Annual report of the Imperial Bacteriologist
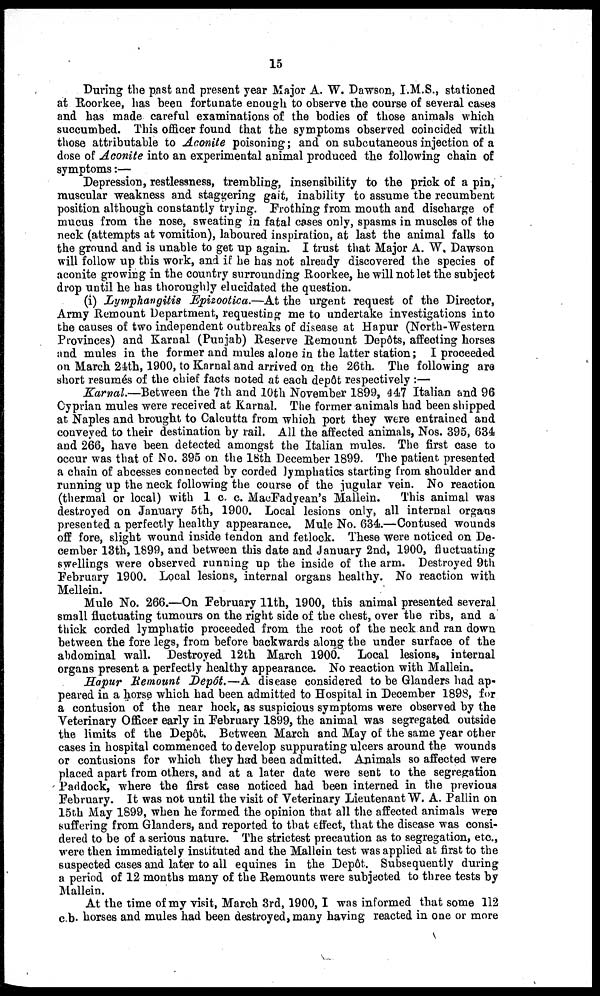
15
During the past and present year Major A. W. Dawson, I.M.S., stationed
at Roorkee, has been fortunate enough to observe the course of several cases
and has made careful examinations of the bodies of those animals which
succumbed. This officer found that the symptoms observed coincided with
those attributable to Aconite poisoning ; and on subcutaneous injection of a
dose of Aconite into an experimental animal produced the following chain of
symptoms :—
Depression, restlessness, trembling, insensibility to the prick of a pin,
muscular weakness and staggering gait, inability to assume the recumbent
position although constantly trying. Frothing from mouth and discharge of
mucus from the nose, sweating in fatal cases only, spasms in muscles of the
neck (attempts at vomition), laboured inspiration, at last the animal falls to
the ground and is unable to get up again. I trust that Major A. W. Dawson
will follow up this work, and if he has not already discovered the species of
aconite growing in the country surrounding Roorkee, he will not let the subject
drop until he has thoroughly elucidated the question.
(i) Lymphangitis Epizootica.—At the urgent request of the Director,
Army Remount Department, requesting me to undertake investigations into
the causes of two independent outbreaks of disease at Hapur (North-Western
Provinces) and Karnal (Punjab) Reserve Remount Depôts, affecting horses
and mules in the former and mules alone in the latter station; I proceeded
on March 24th, 1900, to Karnal and arrived on the 26th. The following are
short resumés of the chief facts noted at each depôt respectively :—
Karnal.—Between the 7th and 10th November 1899, 447 Italian and 96
Cyprian mules were received at Karnal. The former animals had been shipped
at Naples and brought to Calcutta from which port they were entrained and
conveyed to their destination by rail. All the affected animals, Nos. 395, 634
and 266, have been detected amongst the Italian mules. The first case to
occur was that of No. 395 on the 18th December 1899. The patient presented
a chain of abcesses connected by corded lymphatics starting from shoulder and
running up the neck following the course of the jugular vein. No reaction
(thermal or local) with 1 c. c. MacFadyean's Mallein.
This animal was
destroyed on January 5th, 1900. Local lesions only, all internal organs
presented a perfectly healthy appearance. Mule No. 634.—Contused wounds
off fore, slight wound inside tendon and fetlock. These were noticed on De-
cember 13th, 1899, and between this date and January 2nd, 1900, fluctuating
swellings were observed running up the inside of the arm. Destroyed 9th
February 1900. Local lesions, internal organs healthy. No reaction with
Mellein.
Mule No. 266.—On February 11th, 1900, this animal presented several
small fluctuating tumours on the right side of the chest, over the ribs, and a
thick corded lymphatic proceeded from the root of the neck and ran down
between the fore legs, from before backwards along the under surface of the
abdominal wall. Destroyed 12th March 1900. Local lesions, internal
organs present a perfectly healthy appearance. No reaction with Mallein.
Hapur Remount Depôt.—A disease considered to be Glanders had ap-
peared in a horse which had been admitted to Hospital in December 1898, for
a contusion of the near hock, as suspicious symptoms were observed by the
Veterinary Officer early in February 1899, the animal was segregated outside
the limits of the Depôt. Between March and May of the same year other
cases in hospital commenced to develop suppurating ulcers around the wounds
or contusions for which they had been admitted. Animals so affected were
placed apart from others, and at a later date were sent to the segregation
Paddock, where the first case noticed had been interned in the previous
February. It was not until the visit of Veterinary Lieutenant W. A. Pallin on
15th May 1899, when he formed the opinion that all the affected animals were
suffering from Glanders, and reported to that effect, that the disease was consi-
dered to be of a serious nature. The strictest precaution as to segregation, etc.,
were then immediately instituted and the Mallein test was applied at first to the
suspected cases and later to all equines in the Depôt. Subsequently during
a period of 12 months many of the Remounts were subjected to three tests by
Mallein.
At the time of my visit, March 3rd, 1900, I was informed that some 112
c.b. horses and mules had been destroyed, many having reacted in one or more